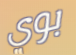
بوي